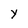
Character: y